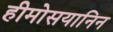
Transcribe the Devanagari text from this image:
हीमोसयानिन